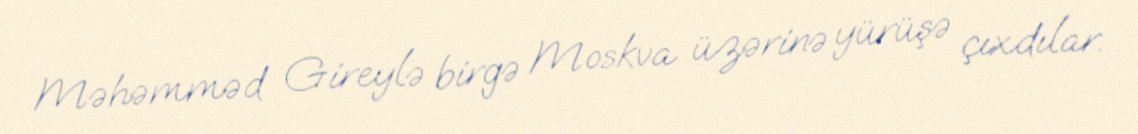
Məhəmməd Gireylə birgə Moskva üzərinə yürüşə çıxdılar.